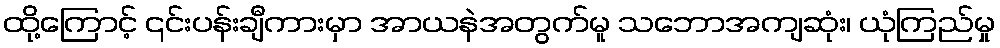
ထို့ကြောင့် ၎င်းပန်းချီကားမှာ အာယနဲအတွက်မူ သဘောအကျဆုံး၊ ယုံကြည်မှု